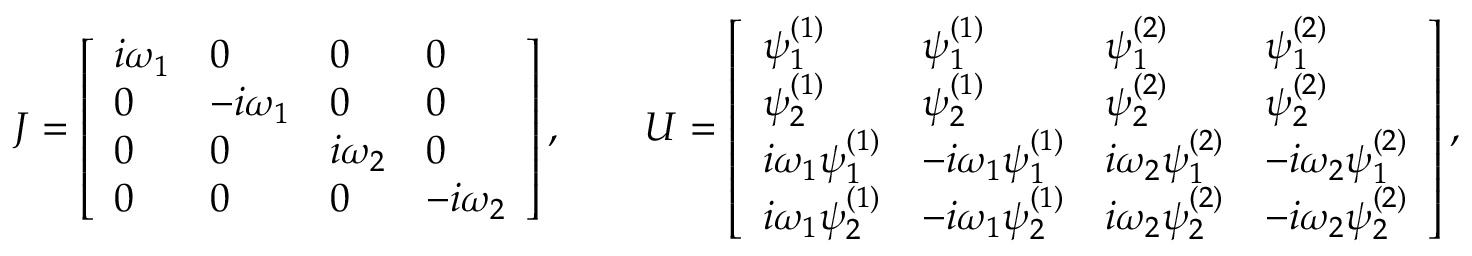
\boldsymbol { J } = \left[ \begin{array} { l l l l } { i \omega _ { 1 } } & { 0 } & { 0 } & { 0 } \\ { 0 } & { - i \omega _ { 1 } } & { 0 } & { 0 } \\ { 0 } & { 0 } & { i \omega _ { 2 } } & { 0 } \\ { 0 } & { 0 } & { 0 } & { - i \omega _ { 2 } } \end{array} \right] , \qquad \boldsymbol { U } = \left[ \begin{array} { l l l l } { \psi _ { 1 } ^ { ( 1 ) } } & { \psi _ { 1 } ^ { ( 1 ) } } & { \psi _ { 1 } ^ { ( 2 ) } } & { \psi _ { 1 } ^ { ( 2 ) } } \\ { \psi _ { 2 } ^ { ( 1 ) } } & { \psi _ { 2 } ^ { ( 1 ) } } & { \psi _ { 2 } ^ { ( 2 ) } } & { \psi _ { 2 } ^ { ( 2 ) } } \\ { i \omega _ { 1 } \psi _ { 1 } ^ { ( 1 ) } } & { - i \omega _ { 1 } \psi _ { 1 } ^ { ( 1 ) } } & { i \omega _ { 2 } \psi _ { 1 } ^ { ( 2 ) } } & { - i \omega _ { 2 } \psi _ { 1 } ^ { ( 2 ) } } \\ { i \omega _ { 1 } \psi _ { 2 } ^ { ( 1 ) } } & { - i \omega _ { 1 } \psi _ { 2 } ^ { ( 1 ) } } & { i \omega _ { 2 } \psi _ { 2 } ^ { ( 2 ) } } & { - i \omega _ { 2 } \psi _ { 2 } ^ { ( 2 ) } } \end{array} \right] ,